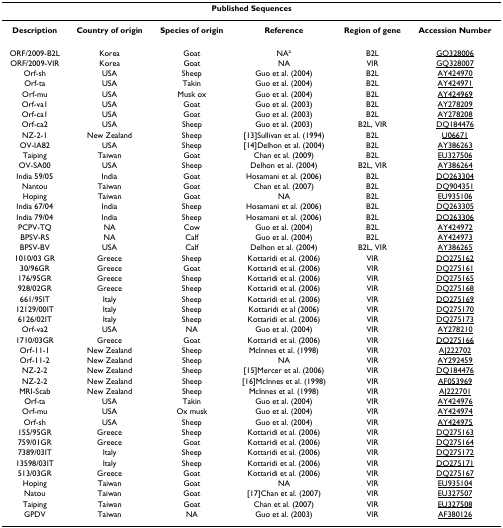
<table><thead><tr><td colspan="6"><b>Published Sequences</b></td></tr></thead><tbody><tr><td><b>Description</b></td><td><b>Country of origin</b></td><td><b>Species of origin</b></td><td><b>Reference</b></td><td><b>Region of gene</b></td><td><b>Accession Number</b></td></tr><tr><td>ORF/2009-B2L</td><td>Korea</td><td>Goat</td><td>NA<sup>a</sup></td><td>B2L</td><td>GQ328006</td></tr><tr><td>ORF/2009-VIR</td><td>Korea</td><td>Goat</td><td>NA</td><td>VIR</td><td>GQ328007</td></tr><tr><td>Orf-sh</td><td>USA</td><td>Sheep</td><td>Guo et al. (2004)</td><td>B2L</td><td>AY424970</td></tr><tr><td>Orf-ta</td><td>USA</td><td>Takin</td><td>Guo et al. (2004)</td><td>B2L</td><td>AY424971</td></tr><tr><td>Orf-mu</td><td>USA</td><td>Musk ox</td><td>Guo et al. (2004)</td><td>B2L</td><td>AY424969</td></tr><tr><td>Orf-va1</td><td>USA</td><td>Goat</td><td>Guo et al. (2003)</td><td>B2L</td><td>AY278209</td></tr><tr><td>Orf-ca1</td><td>USA</td><td>Goat</td><td>Guo et al. (2003)</td><td>B2L</td><td>AY278208</td></tr><tr><td>Orf-ca2</td><td>USA</td><td>Sheep</td><td>Guo et al. (2003)</td><td>B2L, VIR</td><td>DQ184476</td></tr><tr><td>NZ-2-1</td><td>New Zealand</td><td>Sheep</td><td>[13]Sullivan et al. (1994)</td><td>B2L</td><td>U06671</td></tr><tr><td>OV-IA82</td><td>USA</td><td>Sheep</td><td>[14]Delhon et al. (2004)</td><td>B2L</td><td>AY386263</td></tr><tr><td>Taiping</td><td>Taiwan</td><td>Goat</td><td>Chan et al. (2009)</td><td>B2L</td><td>EU327506</td></tr><tr><td>OV-SA00</td><td>USA</td><td>Sheep</td><td>Delhon et al. (2004)</td><td>B2L, VIR</td><td>AY386264</td></tr><tr><td>India 59/05</td><td>India</td><td>Goat</td><td>Hosamani et al. (2006)</td><td>B2L</td><td>DQ263304</td></tr><tr><td>Nantou</td><td>Taiwan</td><td>Goat</td><td>Chan et al. (2007)</td><td>B2L</td><td>DQ904351</td></tr><tr><td>Hoping</td><td>Taiwan</td><td>Goat</td><td>NA</td><td>B2L</td><td>EU935106</td></tr><tr><td>India 67/04</td><td>India</td><td>Sheep</td><td>Hosamani et al. (2006)</td><td>B2L</td><td>DQ263305</td></tr><tr><td>India 79/04</td><td>India</td><td>Sheep</td><td>Hosamani et al. (2006)</td><td>B2L</td><td>DQ263306</td></tr><tr><td>PCPV-TQ</td><td>NA</td><td>Cow</td><td>Guo et al. (2004)</td><td>B2L</td><td>AY424972</td></tr><tr><td>BPSV-RS</td><td>NA</td><td>Calf</td><td>Guo et al. (2004)</td><td>B2L</td><td>AY424973</td></tr><tr><td>BPSV-BV</td><td>USA</td><td>Calf</td><td>Delhon et al. (2004)</td><td>B2L, VIR</td><td>AY386265</td></tr><tr><td>1010/03 GR</td><td>Greece</td><td>Sheep</td><td>Kottaridi et al. (2006)</td><td>VIR</td><td>DQ275162</td></tr><tr><td>30/96GR</td><td>Greece</td><td>Goat</td><td>Kottaridi et al. (2006)</td><td>VIR</td><td>DQ275161</td></tr><tr><td>176/95GR</td><td>Greece</td><td>Sheep</td><td>Kottaridi et al. (2006)</td><td>VIR</td><td>DQ275165</td></tr><tr><td>928/02GR</td><td>Greece</td><td>Sheep</td><td>Kottaridi et al. (2006)</td><td>VIR</td><td>DQ275168</td></tr><tr><td>661/95IT</td><td>Italy</td><td>Sheep</td><td>Kottaridi et al. (2006)</td><td>VIR</td><td>DQ275169</td></tr><tr><td>12129/00IT</td><td>Italy</td><td>Sheep</td><td>Kottaridi et al (2006)</td><td>VIR</td><td>DQ275170</td></tr><tr><td>6126/02IT</td><td>Italy</td><td>Sheep</td><td>Kottaridi et al. (2006)</td><td>VIR</td><td>DQ275173</td></tr><tr><td>Orf-va2</td><td>USA</td><td>NA</td><td>Guo et al. (2004)</td><td>VIR</td><td>AY278210</td></tr><tr><td>1710/03GR</td><td>Greece</td><td>Goat</td><td>Kottaridi et al. (2006)</td><td>VIR</td><td>DQ275166</td></tr><tr><td>Orf-11-1</td><td>New Zealand</td><td>Sheep</td><td>McInnes et al. (1998)</td><td>VIR</td><td>AJ222702</td></tr><tr><td>Orf-11-2</td><td>New Zealand</td><td>Sheep</td><td>NA</td><td>VIR</td><td>AY292459</td></tr><tr><td>NZ-2-2</td><td>New Zealand</td><td>Sheep</td><td>[15]Mercer et al. (2006)</td><td>VIR</td><td>DQ184476</td></tr><tr><td>NZ-2-2</td><td>New Zealand</td><td>Sheep</td><td>[16]McInnes et al. (1998)</td><td>VIR</td><td>AF053969</td></tr><tr><td>MRI-Scab</td><td>New Zealand</td><td>Sheep</td><td>McInnes et al. (1998)</td><td>VIR</td><td>AJ222701</td></tr><tr><td>Orf-ta</td><td>USA</td><td>Takin</td><td>Guo et al. (2004)</td><td>VIR</td><td>AY424976</td></tr><tr><td>Orf-mu</td><td>USA</td><td>Ox musk</td><td>Guo et al. (2004)</td><td>VIR</td><td>AY424974</td></tr><tr><td>Orf-sh</td><td>USA</td><td>Sheep</td><td>Guo et al. (2004)</td><td>VIR</td><td>AY424975</td></tr><tr><td>155/95GR</td><td>Greece</td><td>Sheep</td><td>Kottaridi et al. (2006)</td><td>VIR</td><td>DQ275163</td></tr><tr><td>759/01GR</td><td>Greece</td><td>Goat</td><td>Kottaridi et al. (2006)</td><td>VIR</td><td>DQ275164</td></tr><tr><td>7389/03IT</td><td>Italy</td><td>Sheep</td><td>Kottaridi et al. (2006)</td><td>VIR</td><td>DQ275172</td></tr><tr><td>13598/03IT</td><td>Italy</td><td>Sheep</td><td>Kottaridi et al. (2006)</td><td>VIR</td><td>DQ275171</td></tr><tr><td>513/03GR</td><td>Greece</td><td>Goat</td><td>Kottaridi et al. (2006)</td><td>VIR</td><td>DQ275167</td></tr><tr><td>Hoping</td><td>Taiwan</td><td>Goat</td><td>NA</td><td>VIR</td><td>EU935104</td></tr><tr><td>Natou</td><td>Taiwan</td><td>Goat</td><td>[17]Chan et al. (2007)</td><td>VIR</td><td>EU327507</td></tr><tr><td>Taiping</td><td>Taiwan</td><td>Goat</td><td>Chan et al. (2007)</td><td>VIR</td><td>EU327508</td></tr><tr><td>GPDV</td><td>Taiwan</td><td>NA</td><td>Guo et al. (2003)</td><td>VIR</td><td>AF380126</td></tr></tbody></table>